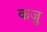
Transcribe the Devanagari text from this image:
कजु